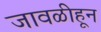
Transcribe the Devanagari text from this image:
जावळीहून